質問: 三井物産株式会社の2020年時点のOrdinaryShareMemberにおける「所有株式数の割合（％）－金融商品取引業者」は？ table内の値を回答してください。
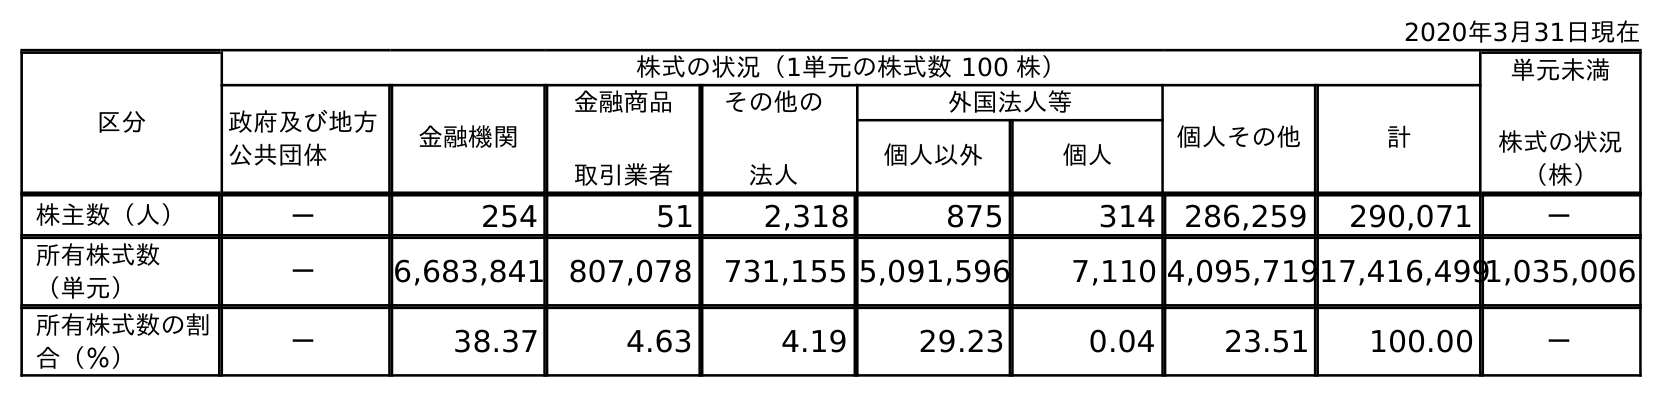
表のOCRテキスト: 2020年3月31日現在 区分 株式の状況（1単元の株式数 100 株） 単元未満 株式の状況 （株） 政府及び地方 公共団体 金融機関 金融商品 取引業者 その他の 法人 外国法人等 個人その他 計 個人以外 個人 株主数（人） － 254 51 2,318 875 314 286,259 290,071 － 所有株式数 （単元） － 6,683,841 807,078 731,155 5,091,596 7,110 4,095,71917,416,4991,035,006 所有株式数の割 合（％） － 38.37 4.63 4.19 29.23 0.04 23.51 100.00 －
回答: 4.63